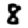
Digit: 8